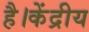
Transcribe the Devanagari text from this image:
है।केंद्रीय